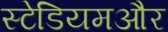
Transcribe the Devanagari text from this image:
स्टेडियमऔर